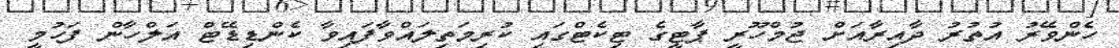
ހެންވޭރު އުތުރު ދާއިރާއަށް ޖުމްހޫރީ ޕާޓީގެ ޓިކެޓްގައި ކުރިމަތިލައްވާފައިވާ ކެންޑިޑޭޓް އަލްހާން ފަހުމީ